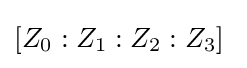
[Z_{0}:Z_{1}:Z_{2}:Z_{3}]\